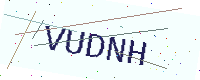
Text: VUDNH